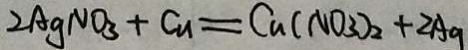
2 A g N O _ { 3 } + C u = C a ( N O _ { 3 } ) _ { 2 } + 2 A _ { 9 }